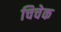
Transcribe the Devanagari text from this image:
चिचेक